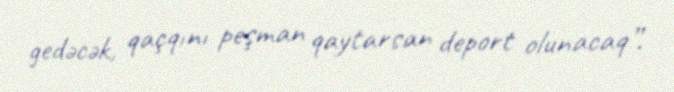
gedəcək, qaçqını peşman qaytarsan deport olunacaq”.